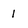
Character: 1